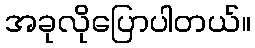
အခုလိုပြောပါတယ်။